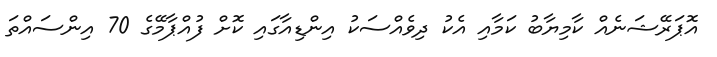
އޮޕަރޭޝަނެއް ކާމިޔާބު ކަމާއި އެކު ދިވެއްސަކު އިންޑިއާގައި ކޮށް ފުއްޕާމޭގެ 70 އިންސައްތަ